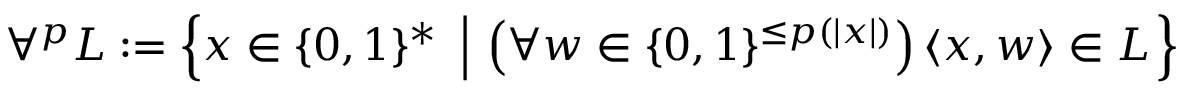
\forall ^ { p } L : = \left\{ x \in \{ 0 , 1 \} ^ { * } \ \left| \ \left( \forall w \in \{ 0 , 1 \} ^ { \leq p ( | x | ) } \right) \langle x , w \rangle \in L \right. \right\}